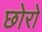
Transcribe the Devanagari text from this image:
छोरो